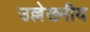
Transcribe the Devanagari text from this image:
उल्लेख्नीय